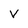
Character: v